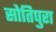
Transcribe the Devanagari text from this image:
सोतिपुरा